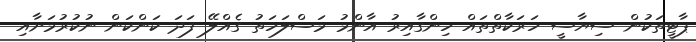
ޕާޓީތަކުން ސިޔާސީ ހަރަކާތްތައް ހިންގާއިރު އާންމު މަސްލަހަތު ގެއްލޭ ފަދަ ކަންކަން ނުކުރުމަށާއި